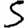
Digit: 5